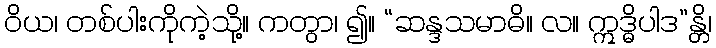
ဝိယ၊ တစ်ပါးကိုကဲ့သို့။ ကတွာ၊ ၍။ “ဆန္ဒသမာဓိ။ လ။ ဣဒ္ဓိပါဒ”န္တိ၊